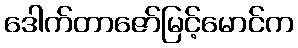
ဒေါက်တာဇော်မြင့်မောင်က